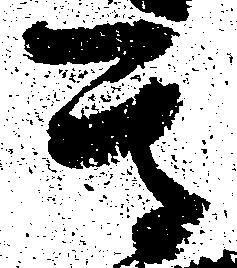
其